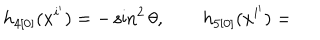
h _ { 4 [ 0 ] } ( x ^ { i ^ { \prime } } ) = - \sin ^ { 2 } \theta , \qquad h _ { 5 [ 0 ] } ( x ^ { i ^ { \prime } } ) =